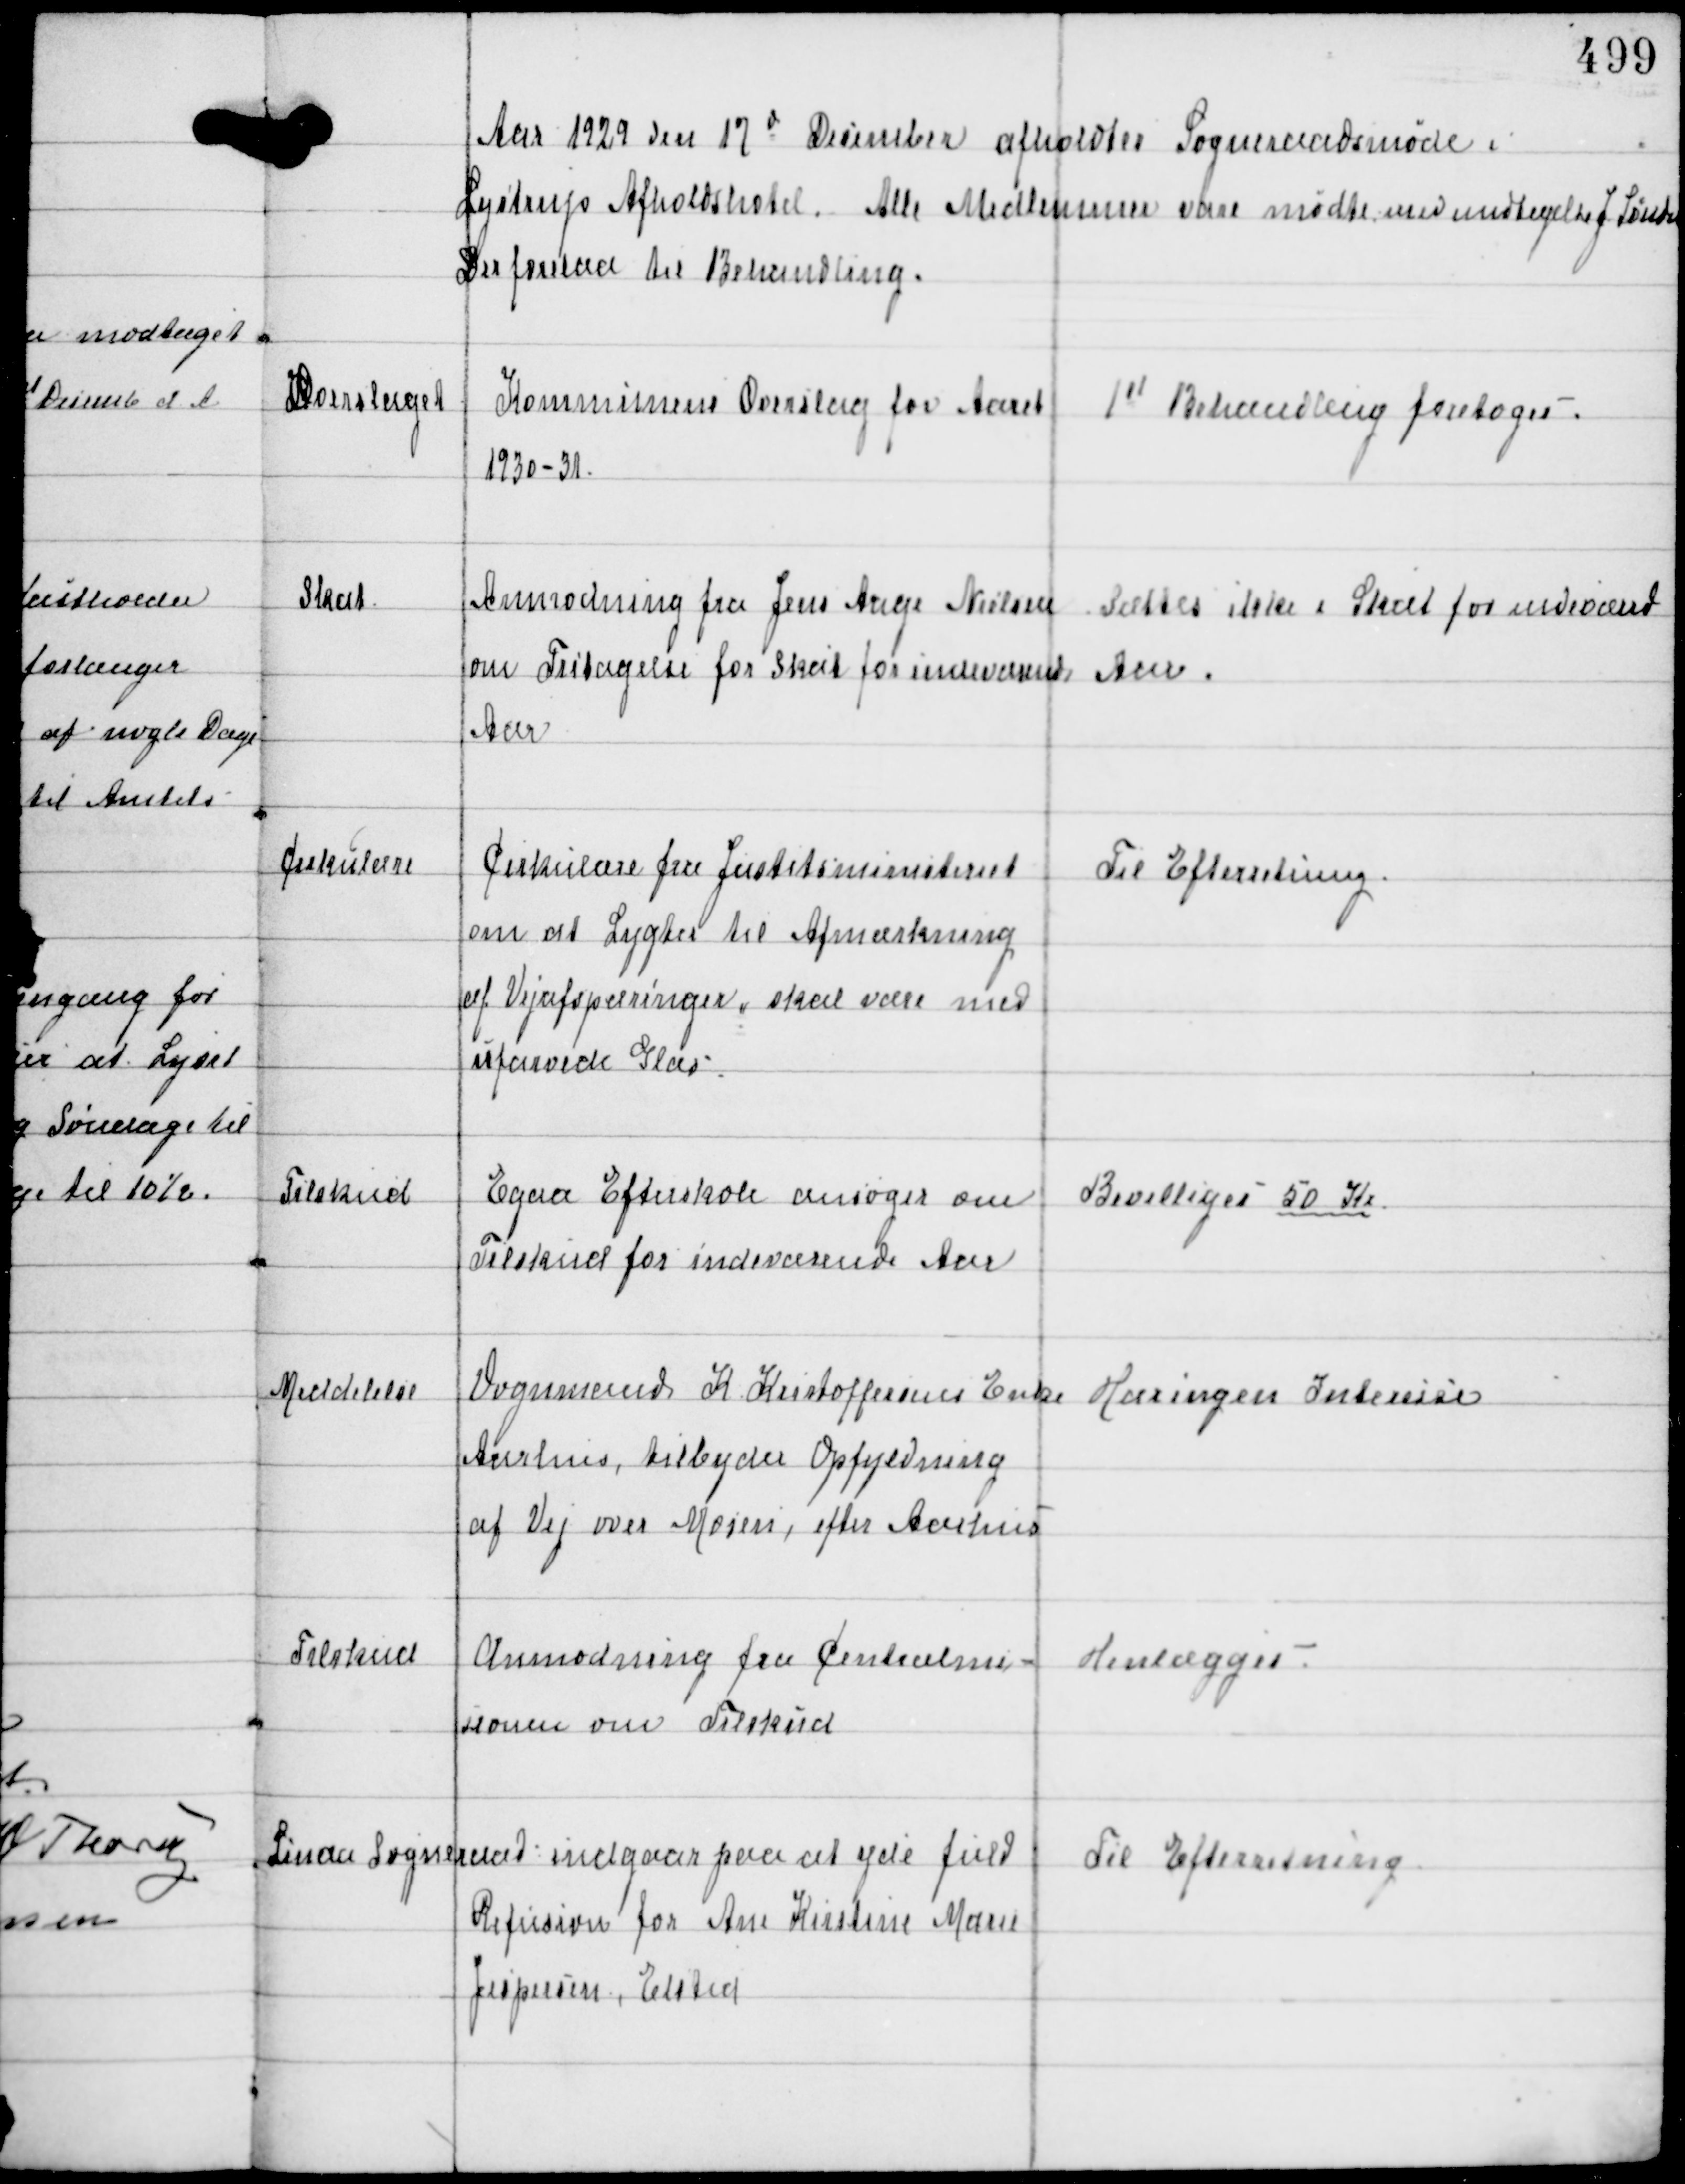
Transskription:
Aar 1929 den 17d December afholdtes Sogneraadsmøde i
Lystrup Afholdshotel. Alle Medlemmer vare mødte med undtagelse J Sønder
Der forelaa til Behandling.

Overslaget

Kommunens Overslag for Aaret
1930-31.

1st Behandling foretoges.

Skat

Anmodning fra Jens Aage Nielsen
om Fritagelse for Skat for indeværende
Aar

Sættes ikke i Skat for indeværende
Aar.

Cirkulære

Cirkulære fra Justitsministeriet
om at Lygter til Afmærkning
af Vejafspæringer, skal være med
ufarvede Glas

Til Efterretning.

Tilskud

Egaa Efterskole ansøger om
Tilskud for indeværende Aar

Bevilliges 50 Kr

Meddelelse

Vognmand K Kristoffersens Enke
Aarhus, tilbyder Opfyldning
af Vej over Mosen, efter Aarhus

Har ingen Interesse

Tilskud

Anmodning fra Centralmi-
sionen om Tilskud

Henlægges.

Linaa Sogneraad indgaar paa at yde fuld
Refusion for Ane Kirstine Marie
Jespersen, Elsted

Til Efterretning